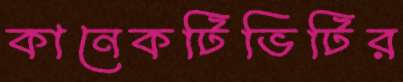
কানেকটিভিটির